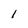
Character: l